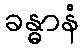
ခန္ဓာနံ